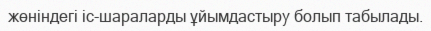
жөніндегі іс-шараларды ұйымдастыру болып табылады.